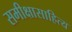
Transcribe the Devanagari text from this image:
समीक्षासाहित्य